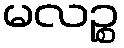
မလဉ္စ